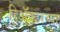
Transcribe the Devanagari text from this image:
रिॲक्टरच्या